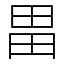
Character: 畕